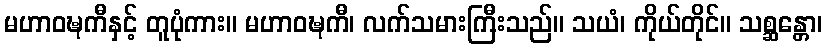
မဟာဝဍ္ဎကီနှင့် တူပုံကား။ မဟာဝဍ္ဎကီ၊ လက်သမားကြီးသည်။ သယံ၊ ကိုယ်တိုင်။ သစ္ဆန္တော၊